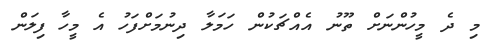
މި ދެ މީހުންނަށް ތޫނު އެއްޗަކުން ހަމަލާ ދިނުމަށްފަހު އެ މީހާ ފިލަން